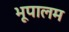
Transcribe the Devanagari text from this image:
भूपालम